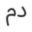
دم